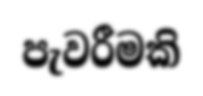
පැවරීමකි